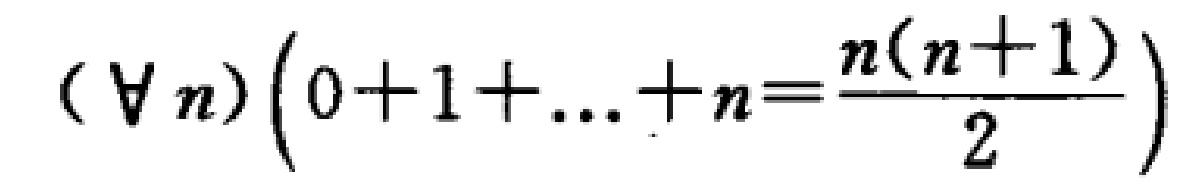
$(\forall n)\left(0 + 1+\ldots + n=\frac{n(n + 1)}{2}\right)$